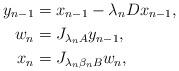
LaTeX: \begin{align*} y_{n-1} &= x_{n-1} - \lambda_n Dx_{n-1}, \\ w_n &= J_{\lambda_n A} y_{n-1}, \\ x_{n} &= J_{\lambda_n \beta_n B} w_n, \end{align*}